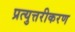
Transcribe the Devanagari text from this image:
प्रत्युत्तरीकरण